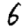
Digit: 6